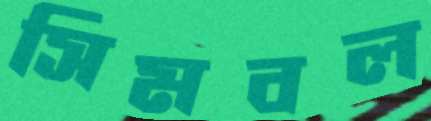
সিমবল